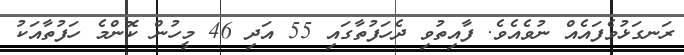
ރަނގަޅުވެފައެއް ނުވެއެވެ. ފާއިތުވި ދެހަފުތާގައި 55 އަދި 46 މީހުން ކޮންމެެ ހަފުތާއަކު